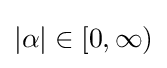
|\alpha |\in [0,\infty )